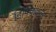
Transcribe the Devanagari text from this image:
डिफ्फिकल्ट